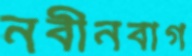
নবীনবাগ